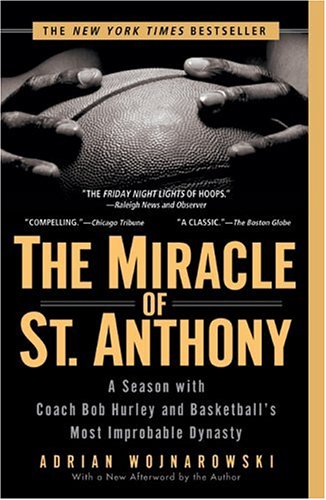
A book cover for The Miracle of St. Anthony: A Season with Coach Bob Hurley and Basketball's Most Improbable Dynasty; Adrian Wojnarowski; Biographies & Memoirs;